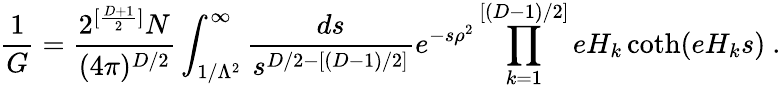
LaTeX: \frac{1}{G}=\frac{2^{[\frac{D+1}{2}]}N}{(4\pi)^{D/2}}\int_{1/\Lambda^{2}}^{\infty}\frac{ds}{s^{D/2-[(D-1)/2]}}e^{-s\rho^{2}}\prod_{k=1}^{[(D-1)/2]}eH_{k}\coth(eH_{k}s)~.